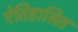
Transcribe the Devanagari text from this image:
ऐतिहासित